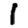
Digit: 1